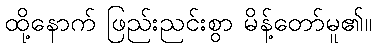
ထို့နောက် ဖြည်းညင်းစွာ မိန့်တော်မူ၏။